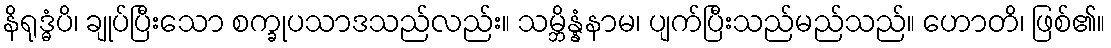
နိရုဒ္ဓံပိ၊ ချုပ်ပြီးသော စက္ခုပသာဒသည်လည်း။ သမ္ဘိန္နံနာမ၊ ပျက်ပြီးသည်မည်သည်။ ဟောတိ၊ ဖြစ်၏။